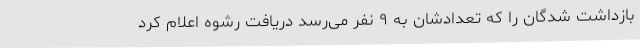
بازداشت شدگان را که تعدادشان به ۹ نفر می‌رسد دریافت رشوه اعلام کرد